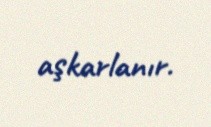
aşkarlanır.